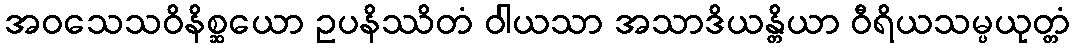
အဝသေသဝိနိစ္ဆယော ဥပနိဿိတံ ဝါယသာ အသာဒိယန္တိယာ ဝီရိယသမ္ပယုတ္တံ